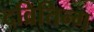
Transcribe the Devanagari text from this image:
दव्रितिन्ग